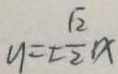
y = \pm \frac { \sqrt { 2 } } { 2 } x